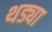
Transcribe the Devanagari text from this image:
थड्या